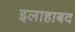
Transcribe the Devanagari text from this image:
इलाहाबद